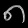
Digit: ၈